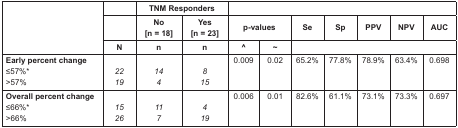
<table><thead><tr><td rowspan="3"></td><td></td><td colspan="2"><b>TNM Responders</b></td><td colspan="7"></td></tr><tr><td></td><td><b>No [n = 18]</b></td><td><b>Yes [n = 23]</b></td><td colspan="2"><b>p-values</b></td><td><b>Se</b></td><td><b>Sp</b></td><td><b>PPV</b></td><td><b>NPV</b></td><td><b>AUC</b></td></tr><tr><td><b>N</b></td><td><b>n</b></td><td><b>n</b></td><td><b>^</b></td><td><b>~</b></td><td colspan="5"></td></tr></thead><tbody><tr><td><b>Early percent change</b></td><td></td><td></td><td></td><td>0.009</td><td>0.02</td><td>65.2%</td><td>77.8%</td><td>78.9%</td><td>63.4%</td><td>0.698</td></tr><tr><td>≤57%<sup>*</sup></td><td><i>22</i></td><td><i>14</i></td><td><i>8</i></td><td></td><td></td><td></td><td></td><td></td><td></td><td></td></tr><tr><td>&gt;57%</td><td><i>19</i></td><td><i>4</i></td><td><i>15</i></td><td></td><td></td><td></td><td></td><td></td><td></td><td></td></tr><tr><td><b>Overall percent change</b></td><td></td><td></td><td></td><td>0.006</td><td>0.01</td><td>82.6%</td><td>61.1%</td><td>73.1%</td><td>73.3%</td><td>0.697</td></tr><tr><td>≤66%<sup>*</sup></td><td><i>15</i></td><td><i>11</i></td><td><i>4</i></td><td></td><td></td><td></td><td></td><td></td><td></td><td></td></tr><tr><td>&gt;66%</td><td><i>26</i></td><td><i>7</i></td><td><i>19</i></td><td></td><td></td><td></td><td></td><td></td><td></td><td></td></tr></tbody></table>